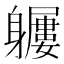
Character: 𨊖